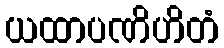
ယထာပဏိဟိတံ